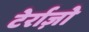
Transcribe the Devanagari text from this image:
टेर्राज़ो